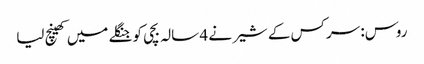
روس: سرکس کے شیر نے 4 سالہ بچی کو جنگلے میں کھینچ لیا